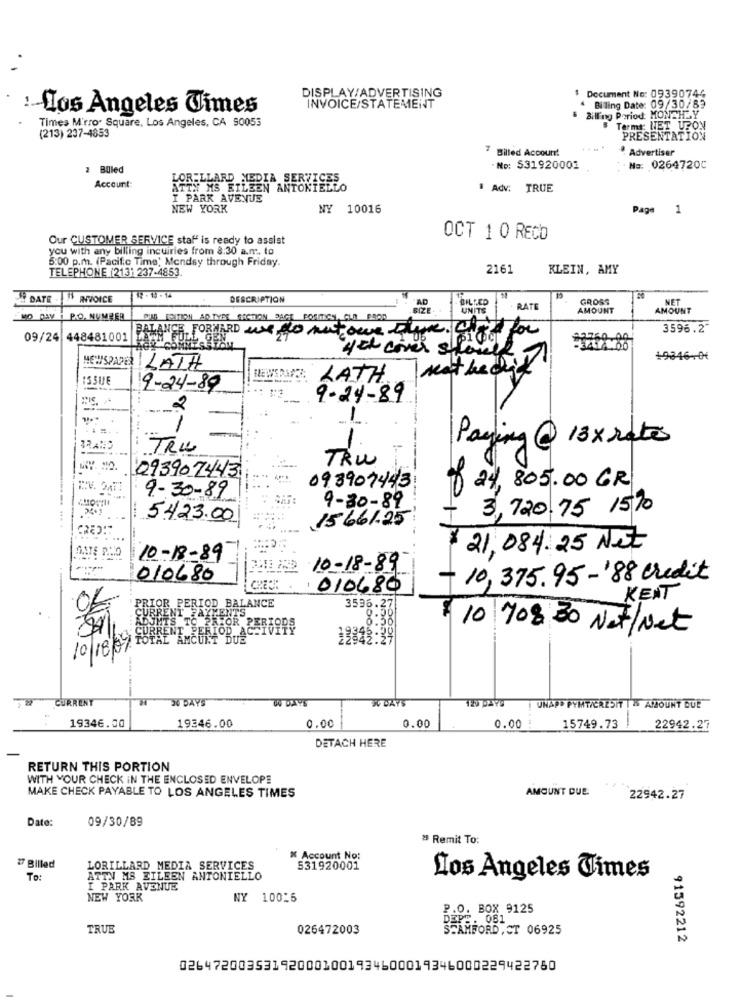
$ Document No: 09390744
DISPLAY/ADVERTISING
: Los Angeles Times
INVOICE/STATEMENT
4 Billing Date: 09/30/83
Times Mirror Square, Los Angeles, CA 90053
Billing Period: MONTH"
Termt: NET UPON
(213) 237-4853
PRESENTATION
Billed Account
Advertiser
: Billed
.No: 531920001
No: 02647200
LORILLARD MEDIA SERVICES
Account:
ATTN MS EILEEN ANTONIELLO
# Adv: TRUE
I PARK AVENUE
NEW YORK
NY 10016
Page
1
Our CUSTOMER SERVICE staf" is ready to assist
OCT 1 0 RECO
you with any billing incuiries from 8:30 a.m. to
5:00 p.m. (Pacific Time) Monday through Friday.
TELEPHONE (213) 237-4853.
2161
KLEIN, AMY
DATE
INVOICE
DESCRIPTION
AD
BILLED
GROSS
NET
BIZE
UNITS
RATE
AMOUNT
AMOUNT
MO DAY I P.O. NUMBER
BALANCE FORWARD WERD nutowe there. What'd for
3596.2"
09/24 448481001
you cover show
NEWSPAPER
19346-0€
LATH
mathedid
ISSUE
LATH.
9-24-89
9-24-89
2
Paying @ 13 x rates
BRAND
TRU
TRU
--
093902443
-
093907443
$24,805.00 GR
9-30-89
9-30-89
3,720.75 15%
-...... ... .
5423.00
15661.25
$ 21,084.25 Net
10-18-89
10-18-89
010680
-10,375.95-88 Credit
010680
KENT
CURRENT PAYMENTS
PRIOR PERIOD BALANCE
3596.27
IMTS TO
RRENT PER
PRIOR PERFORS
0000
10 708:30 Net/Net
AMCUM BACS
10/18/97
CURRENT
30 DAYS
W DAYS
WW DAYS
UNAP> PYMTICRESIT T & AMOUNT DUE
0.00
0.00
0.00 :
19346.00
19346.00
15749.73
22942.27
DETACH HERE
RETURN THIS PORTION
WITH YOUR CHECK IN THE ENCLOSED ENVELOPE
AMOUNT DUE.
MAKE CHECK PAYABLE TO LOS ANGELES TIMES
22942.27
Date:
09/30/89
25 Remit To:
K Account No:
# Billed
LORILLARD MEDIA SERVICES
531920001
To:
ATTN MS EILEEN ANTONIELLO
Los Angeles Times
I PARK AVENUE
NEW YORK
NY 10016
.O. BOX 9125
081
TRUE
026472003
STAMFORD, CT 06925
91592212
026472003531920001001934600019346000229422750